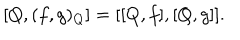
LaTeX: \left[ Q , ( f , g ) _ { Q } \right] = [ [ Q , f ] , [ Q , g ] ] .